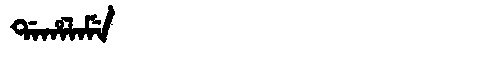
Manchu: ᡩᠠᡥᠠᠯᠠᠮᡝ
Romanization: DAHALAME